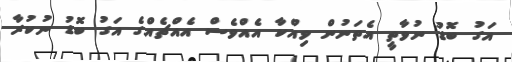
އަގު ބޮޑު ނުވާތީ އެތަނުން ވިއްކާ އެއްވެސް އެއްޗެއްގެ އަގު ބޮޑު ނުކުރާ